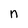
Character: n